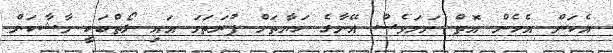
އެކަން އެހެން އޮތް ނަމަވެސް އޭނާގެ ހަޔާތަށް ފުރަތަމަ އައި ލޯތްބަކީ މާޝާކަން